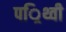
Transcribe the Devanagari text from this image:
पर्िथ्वी